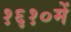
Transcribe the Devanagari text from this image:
१६१०में